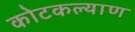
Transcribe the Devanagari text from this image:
कोटकल्याण